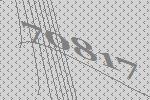
70817